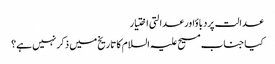
عدالت پردباؤاور عدالتی اختیار
کیا جناب مسیح علیہ السلام کا تاریخ میں ذکر نہیں ہے؟